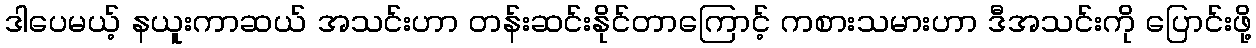
ဒါပေမယ့် နယူးကာဆယ် အသင်းဟာ တန်းဆင်းနိုင်တာကြောင့် ကစားသမားဟာ ဒီအသင်းကို ပြောင်းဖို့